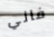
فاني